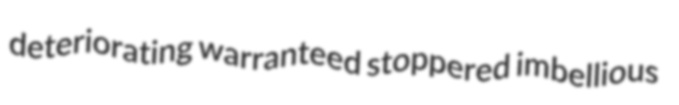
deteriorating warranteed stoppered imbellious